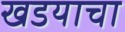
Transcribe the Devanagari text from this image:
खडयाचा